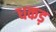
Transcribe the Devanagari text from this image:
धकड़